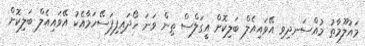
މައުލޫމާތު މުއްސަނދިވި އޭވައިއެލް ބަލިކޮށް އީގަލްސް ތިން ވަނަ ހޯދައިފިފަސޭހަމާއެކު އޭވައިއެލް ބަލިކޮށް